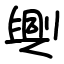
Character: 興